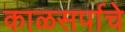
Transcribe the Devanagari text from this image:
काळसर्पाचे